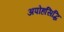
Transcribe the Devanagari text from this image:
अपोहसिद्धि